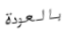
بالعودة